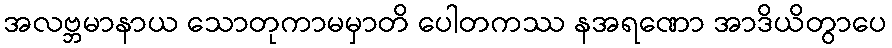
အလဗ္ဘမာနာယ သောတုကာမမှာတိ ပေါတကဿ နအရဏော အာဒိယိတွာပေ